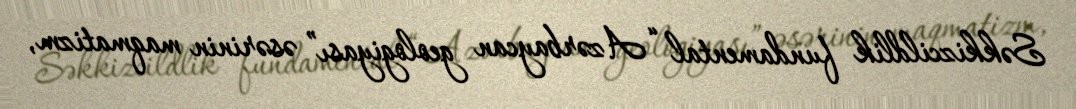
Səkkizcildlik fundamental “Azərbaycan geologiyası” əsərinin maqmatizm,